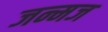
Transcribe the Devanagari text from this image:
जन्मज